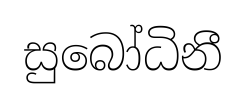
සුබෝධිනී